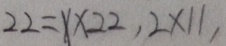
2 2 = x \times 2 2 , 2 \times 1 1 ,